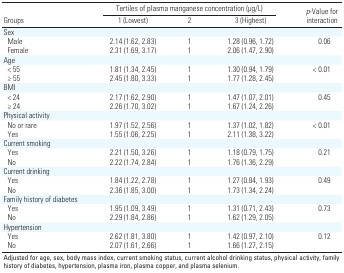
<table><thead><tr><td rowspan="2"><b>Groups</b></td><td colspan="3"><b>Tertiles of plasma manganese concentration (μg/L)</b></td><td rowspan="2"><b><i>p</i>-Value for interaction</b></td></tr><tr><td><b>1 (Lowest)</b></td><td><b>2</b></td><td><b>3 (Highest)</b></td></tr></thead><tbody><tr><td><b>Sex</b></td></tr><tr><td><b>Male</b></td><td>2.14 (1.62, 2.83)</td><td>1</td><td>1.28 (0.96, 1.72)</td><td>0.06</td></tr><tr><td><b>Female</b></td><td>2.31 (1.69, 3.17)</td><td>1</td><td>2.06 (1.47, 2.90)</td></tr><tr><td><b>Age</b></td></tr><tr><td><b>&lt; 55</b></td><td>1.81 (1.34, 2.45)</td><td>1</td><td>1.30 (0.94, 1.79)</td><td>&lt; 0.01</td></tr><tr><td><b>≥ 55</b></td><td>2.45 (1.80, 3.33)</td><td>1</td><td>1.77 (1.28, 2.45)</td></tr><tr><td><b>BMI</b></td></tr><tr><td><b>&lt; 24</b></td><td>2.17 (1.62, 2.90)</td><td>1</td><td>1.47 (1.07, 2.01)</td><td>0.45</td></tr><tr><td><b>≥ 24</b></td><td>2.26 (1.70, 3.02)</td><td>1</td><td>1.67 (1.24, 2.26)</td></tr><tr><td><b>Physical activity</b></td></tr><tr><td><b>No or rare</b></td><td>1.97 (1.52, 2.56)</td><td>1</td><td>1.37 (1.02, 1.82)</td><td>&lt; 0.01</td></tr><tr><td><b>Yes</b></td><td>1.55 (1.06, 2.25)</td><td>1</td><td>2.11 (1.38, 3.22)</td></tr><tr><td><b>Current smoking</b></td></tr><tr><td><b>Yes</b></td><td>2.21 (1.50, 3.26)</td><td>1</td><td>1.18 (0.79, 1.75)</td><td>0.21</td></tr><tr><td><b>No</b></td><td>2.22 (1.74, 2.84)</td><td>1</td><td>1.76 (1.36, 2.29)</td></tr><tr><td><b>Current drinking</b></td></tr><tr><td><b>Yes</b></td><td>1.84 (1.22, 2.78)</td><td>1</td><td>1.27 (0.84, 1.93)</td><td>0.49</td></tr><tr><td><b>No</b></td><td>2.36 (1.85, 3.00)</td><td>1</td><td>1.73 (1.34, 2.24)</td></tr><tr><td><b>Family history of diabetes</b></td></tr><tr><td><b>Yes</b></td><td>1.95 (1.09, 3.49)</td><td>1</td><td>1.31 (0.71, 2.43)</td><td>0.73</td></tr><tr><td><b>No</b></td><td>2.29 (1.84, 2.86)</td><td>1</td><td>1.62 (1.29, 2.05)</td></tr><tr><td><b>Hypertension</b></td></tr><tr><td><b>Yes</b></td><td>2.62 (1.81, 3.80)</td><td>1</td><td>1.42 (0.97, 2.10)</td><td>0.12</td></tr><tr><td><b>No</b></td><td>2.07 (1.61, 2.66)</td><td>1</td><td>1.66 (1.27, 2.15)</td></tr><tr><td colspan="5">Adjusted for age, sex, body mass index, current smoking status, current alcohol drinking status, physical activity, family history of diabetes, hypertension, plasma iron, plasma copper, and plasma selenium.</td></tr></tbody></table>